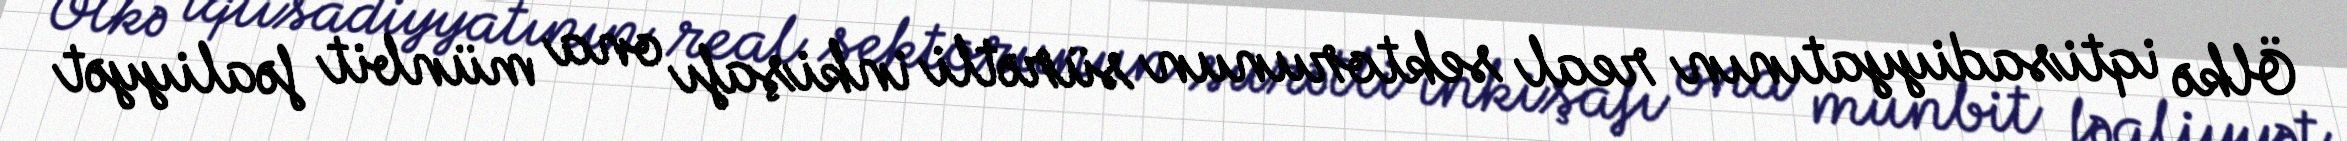
Ölkə iqtisadiyyatının real sektorunun sürətli inkişafı ona münbit fəaliyyət